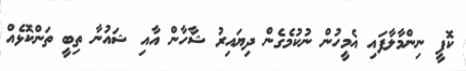
ކޮފީ ނިންމާލާފައި އެމީހުން ނުކުމެގެން ދިޔައިރު ޝާހާން އާއި ޝައުނާ ތިބީ ތަންކޮޅެއް